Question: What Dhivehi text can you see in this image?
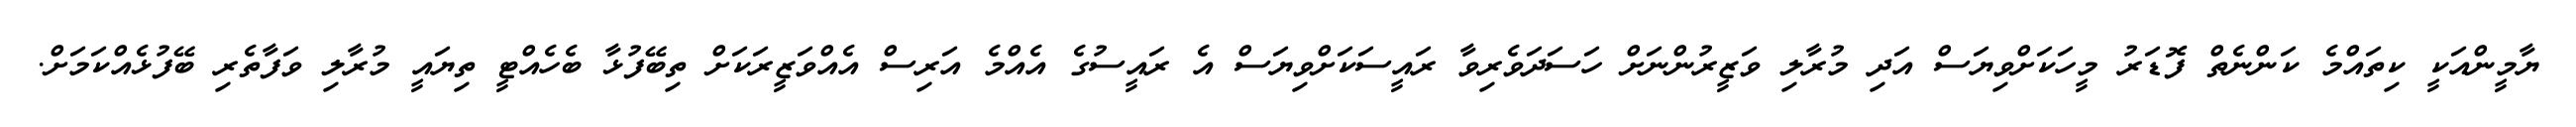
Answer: ޔާމީންއަކީ ކިތައްމެ ކަންނެތް ފޮޑަރު މީހަކަށްވިޔަސް އަދި މުރާލި ވަޒީރުންނަށް ހަސަދަވެރިވާ ރައީސަކަށްވިޔަސް އެ ރައީސުގެ އެއްމެ އަރިސް އެއްވަޒީރަކަށް ތިބޭފުޅާ ބެހެއްޓީ ތިޔައީ މުރާލި ވަފާތެރި ބޭފުޅެއްކަމަށް.